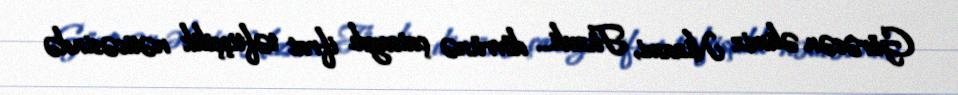
Görəsən əlimiz Nizami, Füzuli... dövrünə çatsaydı ifrat təftişçilik nəticəsində